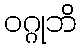
ဝဂ္ဂုဘိ